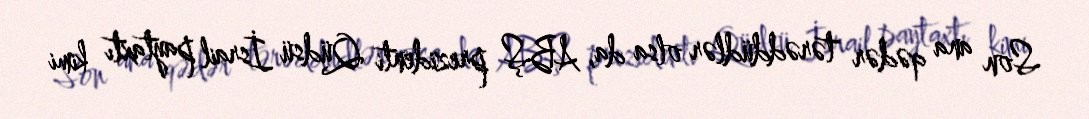
Son ana qədər tərəddüdlər olsa da, ABŞ prezidenti Qüdsü İsrail paytaxtı kimi